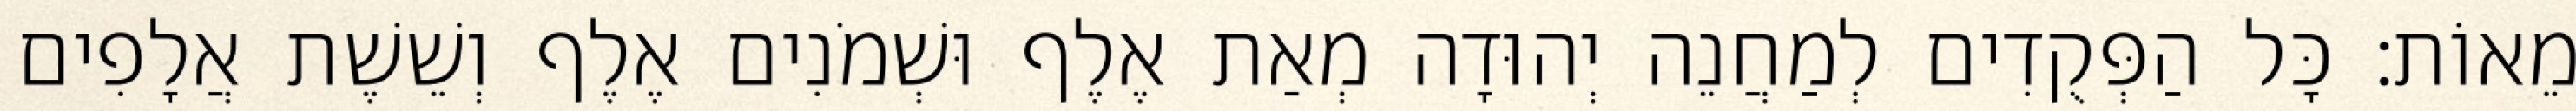
מֵאוֹת׃ כָּל הַפְּקֻדִים לְמַחֲנֵה יְהוּדָה מְאַת אֶלֶף וּשְׁמֹנִים אֶלֶף וְשֵׁשֶׁת אֲלָפִים